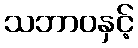
သဘာဝနှင့်